Tahkuranna_vallavalitsus, lk 38
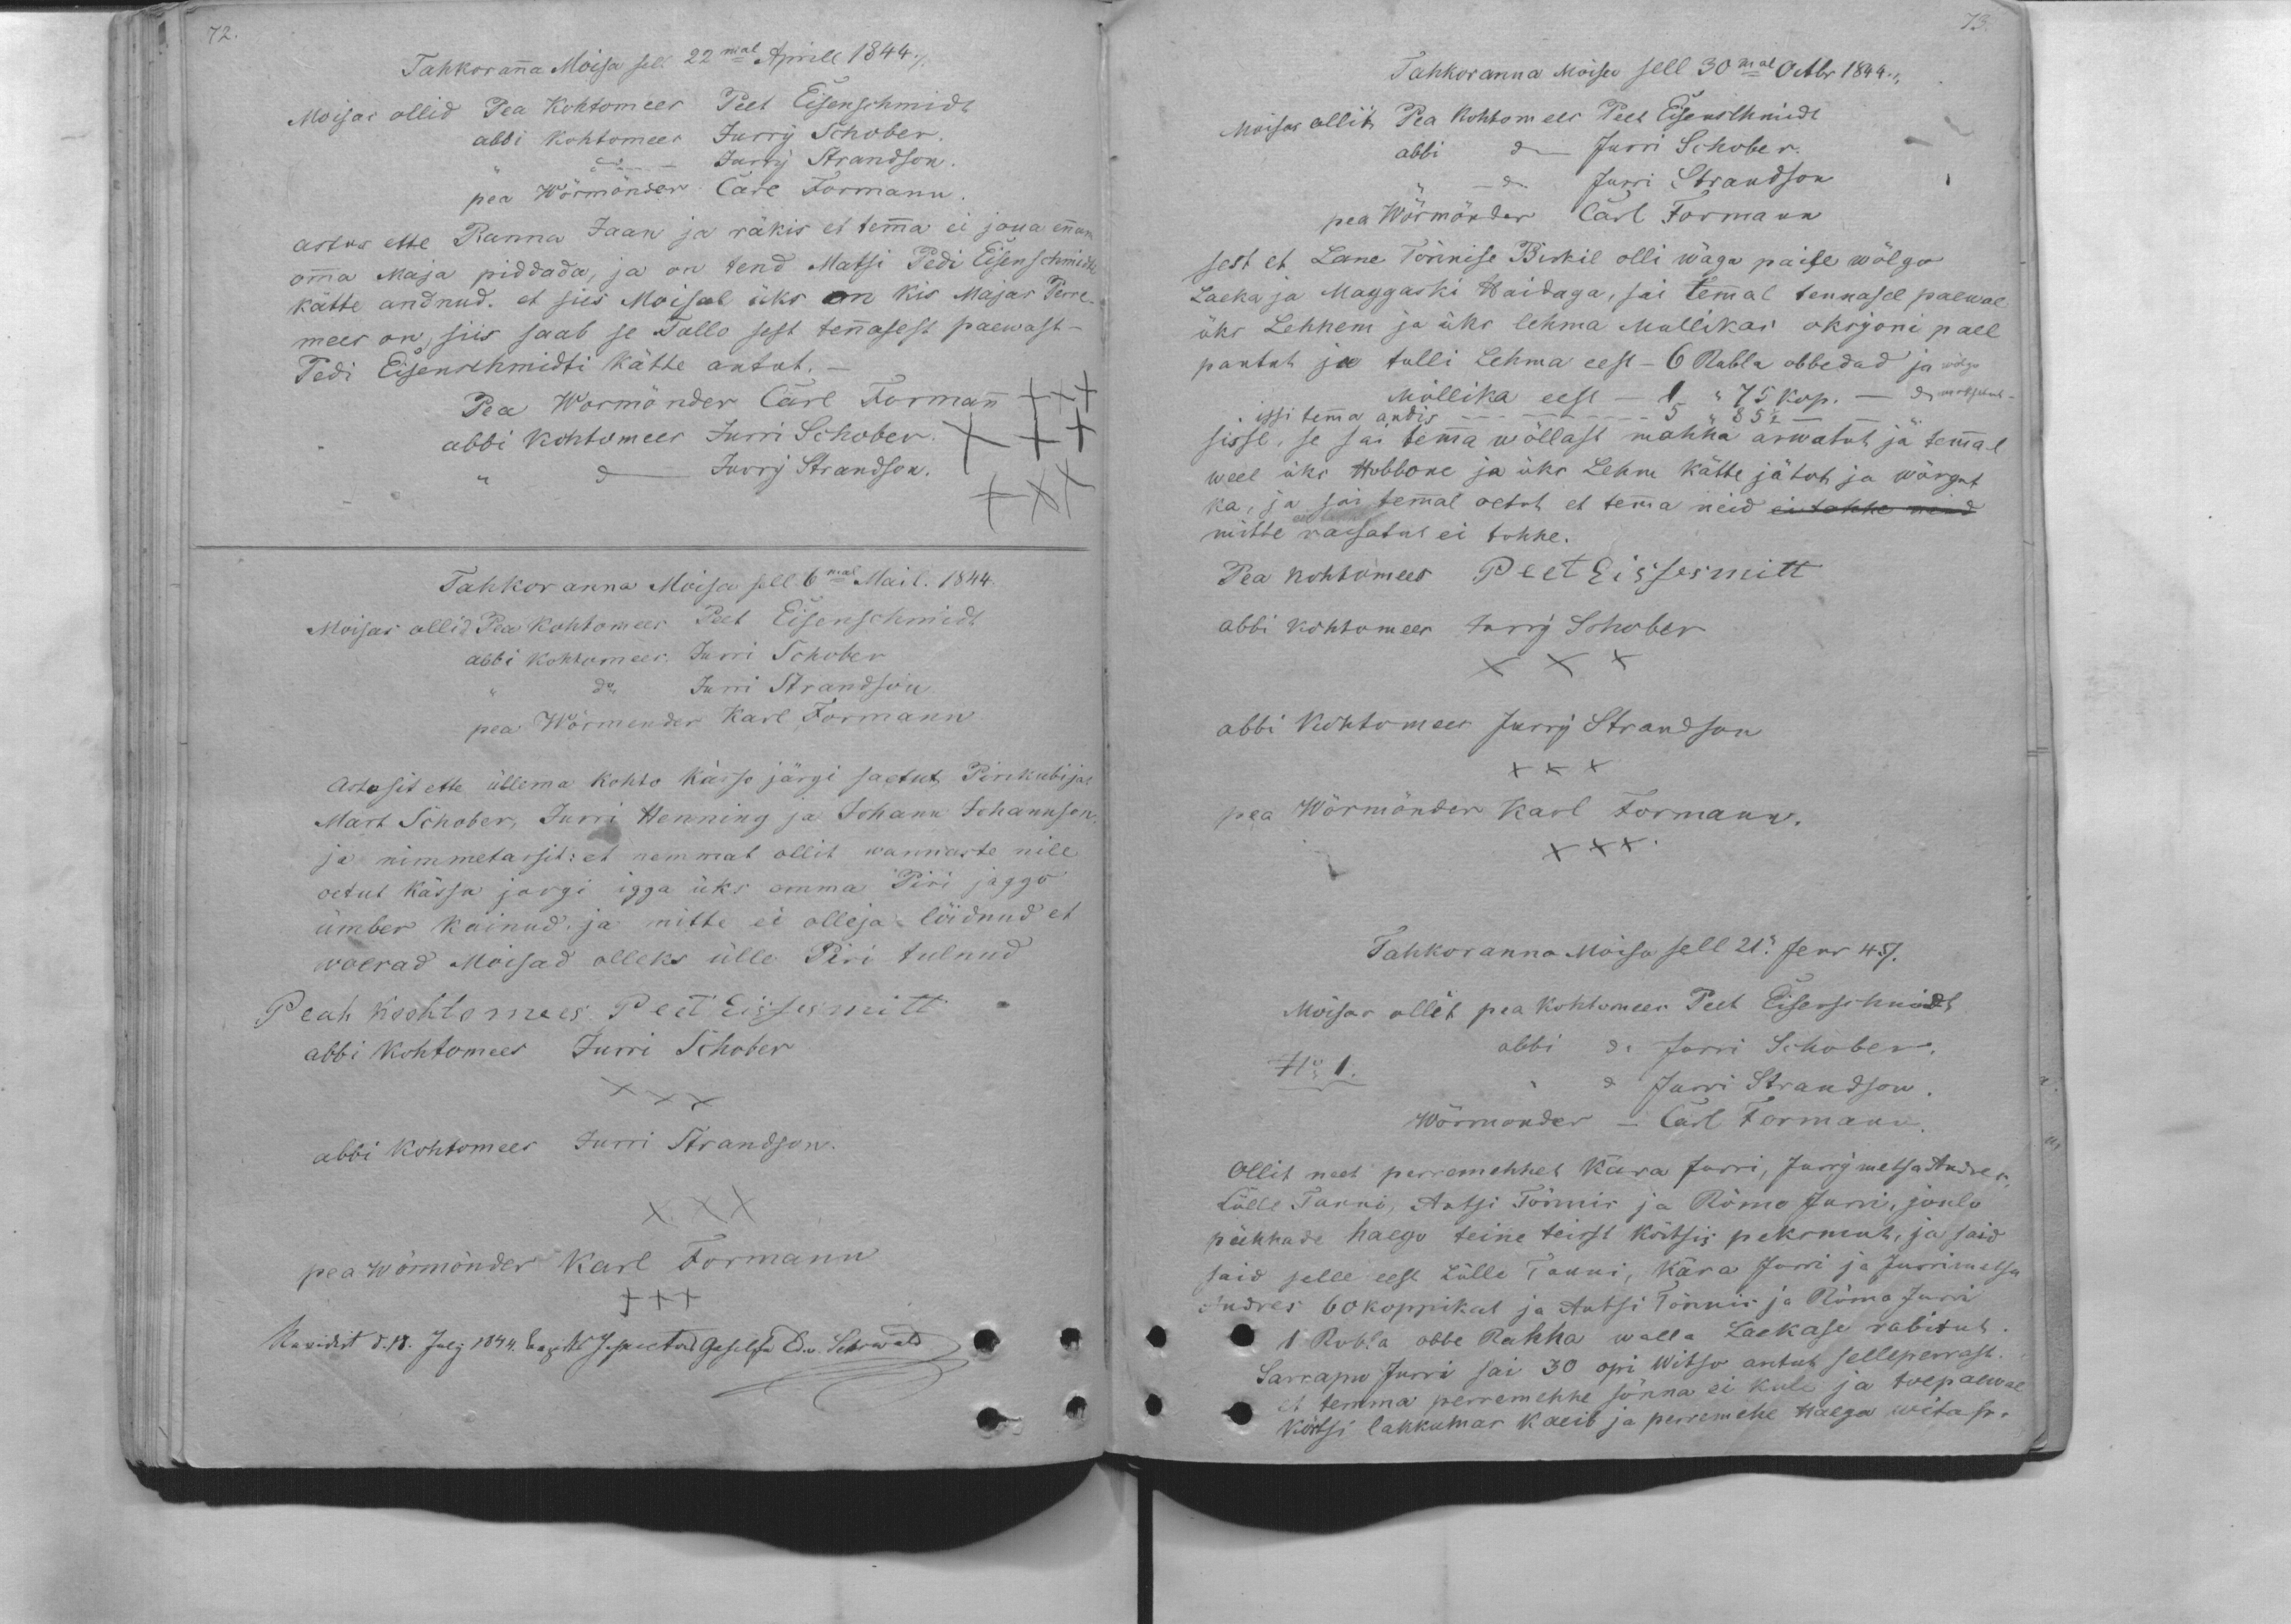
Tahkoranna Moisa sel 22mal Aprill 1844.
Moisas ollid Pea Kohtomees Peet Eisenschmidt
abbi Kohtomees Jurry Schober,
" do Jurry Strandson.
omma Maja piddada, ja on tend Matsi Pedi Eisenschmidti
kätte andnud, et siis Moisal üks on kis Majas Perre-
astus ette Ranna Jaan ja räkis et temma ei jõua ennam
pea Wörmönder Carl Formann
mees on, siis saab se Tallo sest tennasest paewast -
Pedi Eisenschmidti kätte antut. -
Pea Wormönder Carl Formann +++
abbi kohtomees Jurri Schober +++
do Jurry Strandson.
Tahkoranna Moisa sell 6mal Mail. 1844
Mõisas ollid Pea kohtomees Peet Eisenschmidt
abbi kohtomees. Jurri Schober
Astosit ette ütlema kohto kässo järgi saetut, Pirekubijas
ja nimmetassid: et nemmat ollid wannaste nile
oetut kässo jargi igga üks omma Piri jaggo
woerad Moisad olleks ülle Piri tulnud
ümber käinud, ja mitte ei olleja löidnud et
Mart Schober, Jurri Henning ja Johann Johannson
pea Wörmender Karl Formann
'' do Jurri Strandson
Peah Koohtomees. Peet Eissesmitt
abbi Kohtomees Jurri Schober
XXX
abbi lohtomees Jurri Strandson.
XXX
pea wörmönder Karl Formann
+++
XXX

Tahkoranna moisa sell 30mal Octbr 1844.
Moisas ollit Pea kohtomees Peet Eisenschmidt
abbi do Jurri Schober.
" do Jurri Strandson
pea Wörmönder Carl Formann
sest et Lane Tõnnise Birkil olli wäga paise wõlgo
Laeka ja Maggaski Haidaga, sai temmal tennasel paewal
üks Lehhem ja üks lehma Mullikas oksjoni pael
pantut ja tulli Lehma eest - 6 Rubla obbedad ja wõlgo
Möllika eest - 1 " 75 kop. - do maksetud -
sisse, se sai temma wõllast mahha arwatud ja temmal
issi temma andis -- 5 " 85 1/2 - - "
weel üks Ноbbоnе ja üks Lehm kätte jäto ja wõrgut
ka, ja sai temmal oetut et temma neid ei tohhe neid
mitte raisatut ei tohhe.
Pea kohtomees Peet Eissesmitt.
abbi kohtomees Jurry Schober
XXX
abbi kohtomees Jurry Strandson
XXX
pea Wörmünder Karl Formann.
XXX
Tahkoranna Moisa sell 21." Jenr 47.
Moisas ollit pea kohtomees Peet Eisenschmidt
abbi do Jurri Schober.
do Jurri Strandson
No 1.
Wörmonder - Carl Formann.
Ollit neet perremehhet Kära Jurri, Jurry metsa Andres
Lülle Tanni, Antsi Tõnnis ja Rõmo Jurri, joulu
pühhade haego teine teisst kõrtsis peksnnud, ja said
said selle eest Lülle Tanni, Kära Jurri ja Jurrimetsa
Andres 60 koppikat ja Antsi Tõnnis ja Rõmo Jurri
1 Rubla obbe Rahha walla Laekase rabitut.
Sarrapu Jurri sai 30 opi Witso antud selleperrast.
et temma perremehhe sönna ei kule ja toepaewal
kõrtsi lakkumas kaeib ja perremehe Harga wõtap.